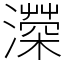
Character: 𤀻